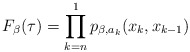
\begin{align*} F_\beta(\tau) = \prod_{k=n}^1 p_{\beta,a_k}(x_k,x_{k-1})\end{align*}